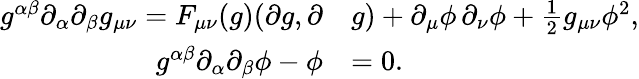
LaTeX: \begin{array}{rl}{g^{\alpha\beta}\partial_{\alpha}\partial_{\beta}g_{\mu\nu}=F_{\mu\nu}(g)(\partial g,\partial}&{g)+\partial_{\mu}\phi\, \partial_{\nu}\phi+\frac 12g_{\mu\nu}\phi^{2},}\\ {g^{\alpha\beta}\partial_{\alpha}\partial_{\beta}\phi-\phi}&{=0.}\end{array}